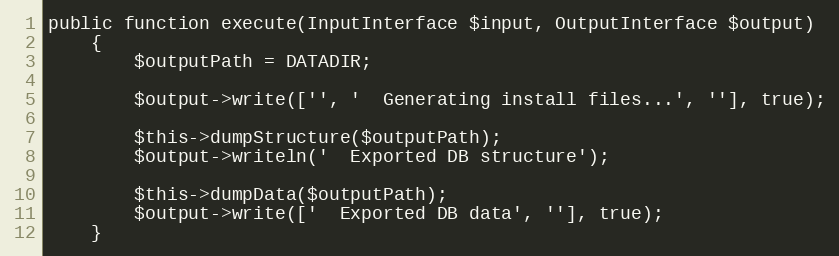
Language: PHP
public function execute(InputInterface $input, OutputInterface $output)
    {
        $outputPath = DATADIR;

        $output->write(['', '  Generating install files...', ''], true);

        $this->dumpStructure($outputPath);
        $output->writeln('  Exported DB structure');

        $this->dumpData($outputPath);
        $output->write(['  Exported DB data', ''], true);
    }